Indian journal of veterinary science and animal husbandry - Volume 2,
Year: 1932
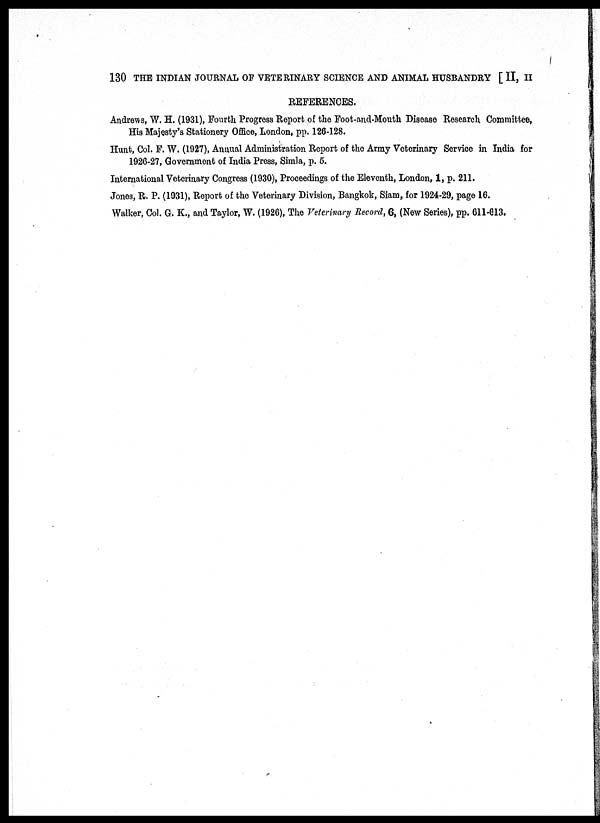
130 THE INDIAN JOURNAL OF VETERINARY SCIENCE AND ANIMAL HUSBANDRY [ II, II
REFERENCES.
Andrews, W. H. (1931), Fourth Progress Report of the Foot-and-Mouth Disease Research Committee,
His Majesty's Stationery Office, London, pp. 126-128.
Hunt, Col. F. W. (1927), Annual Administration Report of the Army Veterinary Service in India for
1926-27, Government of India Press, Simla, p. 5.
International Veterinary Congress (1930), Proceedings of the Eleventh, London, 1, p. 211.
Jones, R. P. (1931), Report of the Veterinary Division, Bangkok, Siam, for 1924-29, page 16.
Walker, Col. G. K., and Taylor, W. (1926), The Veterinary Record, 6, (New Series), pp. 611-613.